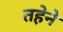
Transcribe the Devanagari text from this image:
तहेने